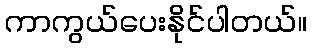
ကာကွယ်ပေးနိုင်ပါတယ်။